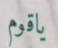
ياقوم